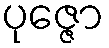
ပုဇ္ဇော